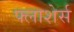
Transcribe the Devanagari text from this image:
फ्लाशेर्स